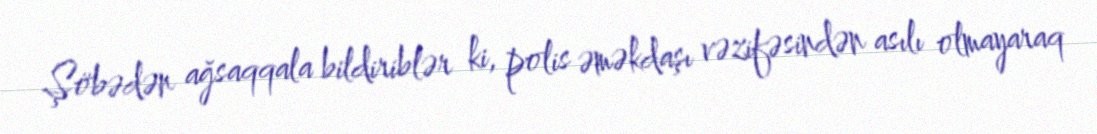
Şöbədən ağsaqqala bildiriblər ki, polis əməkdaşı vəzifəsindən asılı olmayaraq